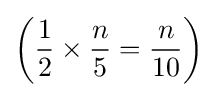
\left({\frac {1}{2}}\times {\frac {n}{5}}={\frac {n}{10}}\right)